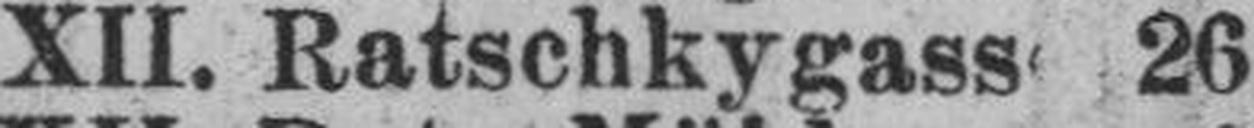
XII. Ratschkygasse 26